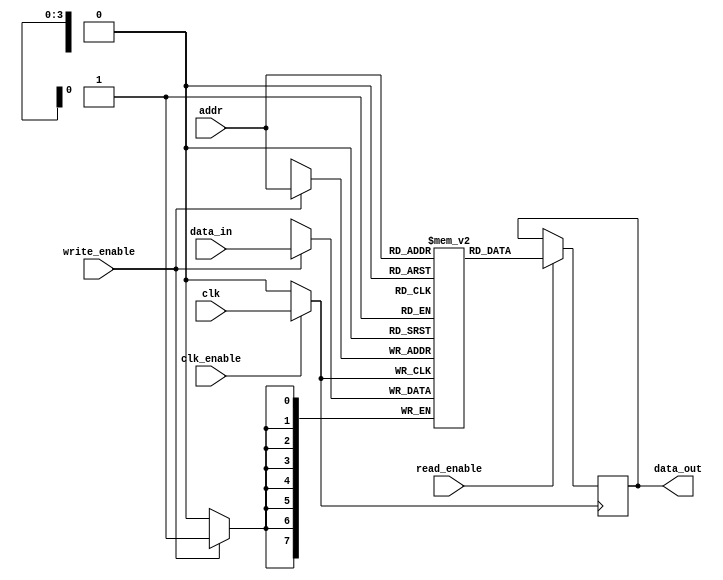
module MemoryBlock (
    input wire clk,                // Global clock signal
    input wire clk_enable,         // Clock enable signal
    input wire [7:0] data_in,      // Data input for memory write
    input wire [3:0] addr,         // Address for memory access
    input wire read_enable,         // Read enable
    input wire write_enable,        // Write enable
    output reg [7:0] data_out      // Data output for memory read
);

    // Memory array (for simplicity, assuming 16 x 8-bit memory)
    reg [7:0] memory_array [0:15];

    // Internal clock signal after gating
    wire gated_clk;

    // Transmission gate implementation
    assign gated_clk = clk_enable ? clk : 1'b0;

    // Memory operations
    always @(posedge gated_clk) begin
        if(write_enable) begin
            memory_array[addr] <= data_in;  // Write data to memory
        end
    end
    
    always @(posedge gated_clk) begin
        if(read_enable) begin
            data_out <= memory_array[addr];  // Read data from memory
        end
    end

endmodule